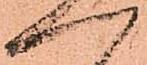
へ